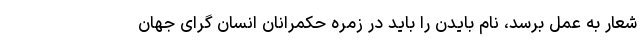
شعار به عمل برسد، نام بایدن را باید در زمره حکمرانان انسان گرای جهان